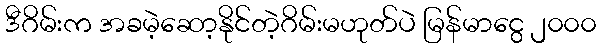
ဒီဂိမ်းက အခမဲ့ဆော့နိုင်တဲ့ဂိမ်းမဟုတ်ပဲ မြန်မာငွေ ၂၀၀၀